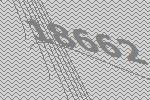
18662